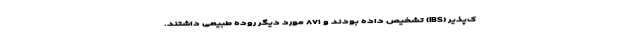
ک‌پذیر (IBS) تشخیص داده بودند و ۸۷۱ مورد دیگر روده طبیعی داشتند.